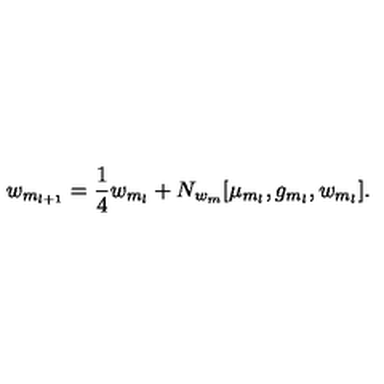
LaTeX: w _ { m _ { l + 1 } } = { \frac { 1 } { 4 } } w _ { m _ { l } } + N _ { w _ { m } } [ \mu _ { m _ { l } } , g _ { m _ { l } } , w _ { m _ { l } } ] .